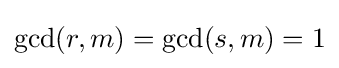
\gcd(r,m)=\gcd(s,m)=1